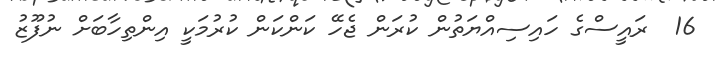
16  ރައީސްގެ ހައިސިއްޔަތުން ކުރަން ޖެހޭ ކަންކަން ކުރުމަކީ އިންތިހާބަށް ނުފޫޒު